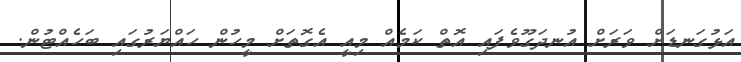
އަޅުގަނޑަށް ވަރަށް އުނދަގޫވެފައި އޮތް ކަމެއް މިއީ އެގޮތަށް މީހުން ހައްޔަރުގައި ބަހެއްޓުން.